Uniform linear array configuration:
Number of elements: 16
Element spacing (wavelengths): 0.5
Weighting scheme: hann
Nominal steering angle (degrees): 30
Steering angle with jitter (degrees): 28.733
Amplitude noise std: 0.05
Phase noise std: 0.05

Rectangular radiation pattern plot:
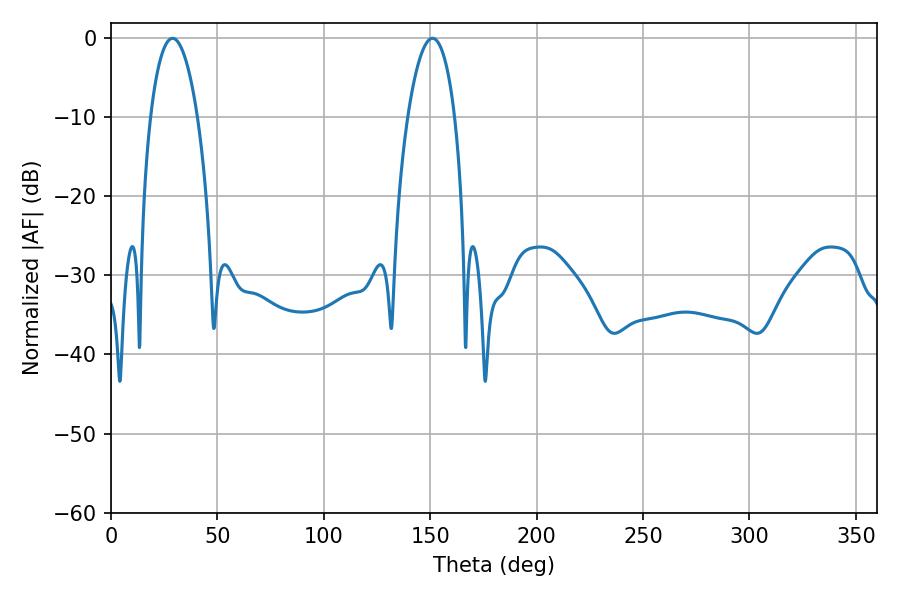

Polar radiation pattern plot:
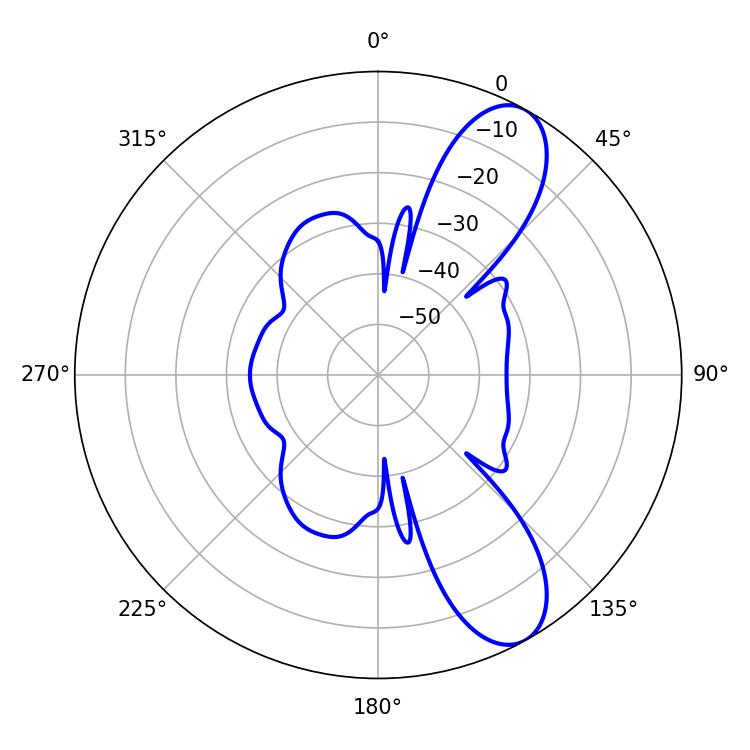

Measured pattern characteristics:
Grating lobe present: FALSE
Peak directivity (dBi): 9.532
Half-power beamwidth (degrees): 12.42
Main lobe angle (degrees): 28.98